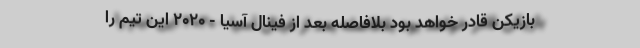
بازیکن قادر خواهد بود بلافاصله بعد از فینال آسیا - ۲۰۲۰ این تیم را